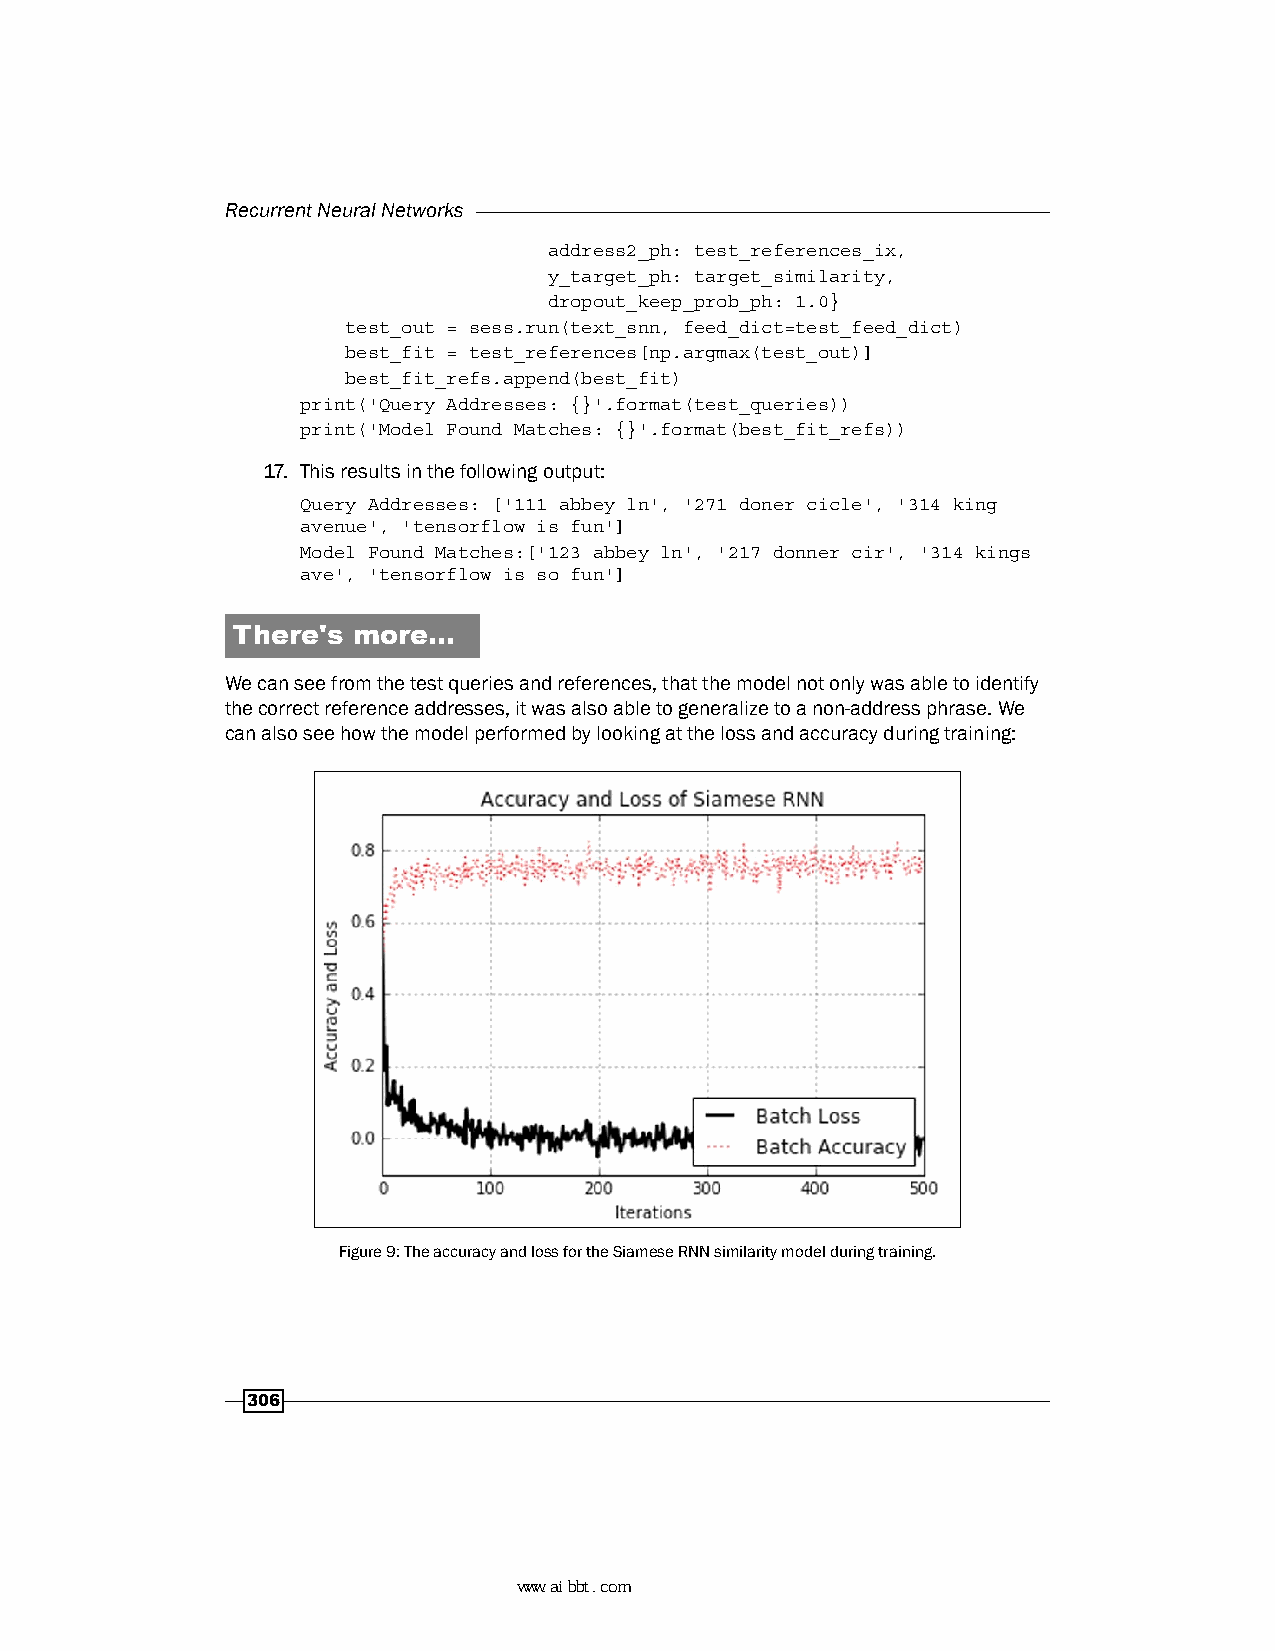
Recurrent Neural Networks
 address2_ph: test_references_ix,
 y_target_ph: target_similarity,
 dropout_keep_prob_ph: 1.0}
 test_out = sess.run(text_snn, feed_dict=test_feed_dict)
 best_fit = test_references[np.argmax(test_out)]
 best_fit_refs.append(best_fit)
 print('Query Addresses: {}'.format(test_queries))
 print('Model Found Matches: {}'.format(best_fit_refs))
 17. This results in the following output:
 Query Addresses: ['111 abbey ln', '271 doner cicle', '314 king
 avenue', 'tensorflow is fun']
 Model Found Matches:['123 abbey ln', '217 donner cir', '314 kings
 ave', 'tensorflow is so fun']
 There's more…
 We can see from the test queries and references, that the model not only was able to identify
 the correct reference addresses, it was also able to generalize to a non-address phrase. We
 can also see how the model performed by looking at the loss and accuracy during training:
 Figure 9: The accuracy and loss for the Siamese RNN similarity model during training.
 306
 www.aibbt.com 让未来触手可及